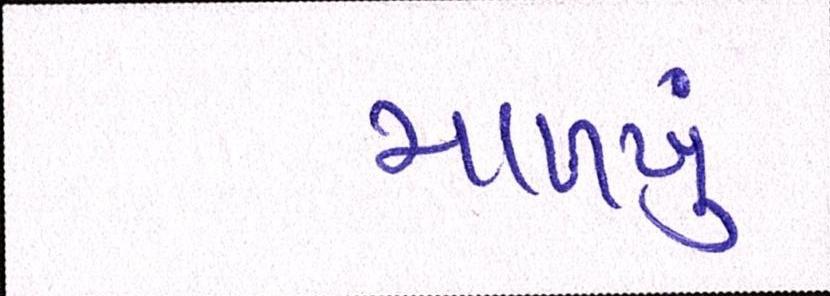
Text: માળખું